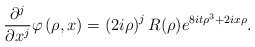
\begin{align*}\frac{\partial^{j}}{\partial x^{j}}\varphi\left( \rho,x\right) =\left(2i\rho\right) ^{j}R(\rho)e^{8it\rho^{3}+2ix\rho}. \end{align*}